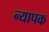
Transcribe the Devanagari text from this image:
न्यापक